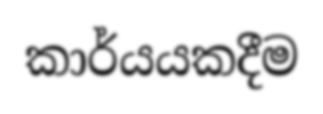
කාර්යයකදීම